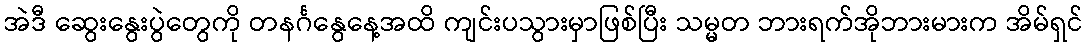
အဲဒီ ဆွေးနွေးပွဲတွေကို တနင်္ဂနွေနေ့အထိ ကျင်းပသွားမှာဖြစ်ပြီး သမ္မတ ဘားရက်အိုဘားမားက အိမ်ရှင်